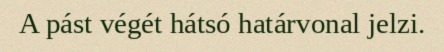
A pást végét hátsó határvonal jelzi.